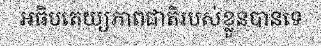
អធិបតេយ្យភាពជាតិរបស់ខ្លួនបានទេ